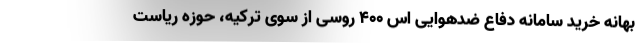
بهانه خرید سامانه دفاع ضدهوایی اس 400 روسی از سوی ترکیه، حوزه ریاست